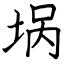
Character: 埚